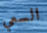
السعي